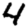
Digit: 4